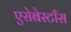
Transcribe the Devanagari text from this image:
एसेबेस्टाँस